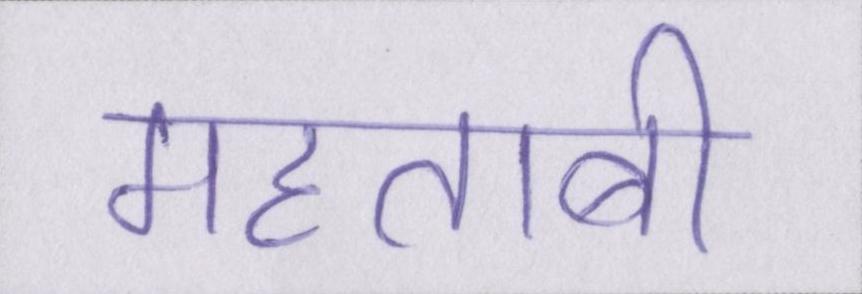
महताबी